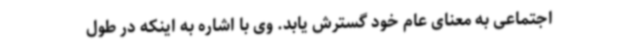
اجتماعی به معنای عام خود گسترش یابد. وی با اشاره به اینکه در طول